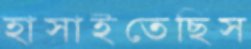
হাসাইতেছিস